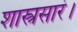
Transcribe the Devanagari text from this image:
शास्त्रसारं।